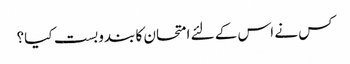
کس نے اس کے لئے امتحان کا بندوبست کیا؟